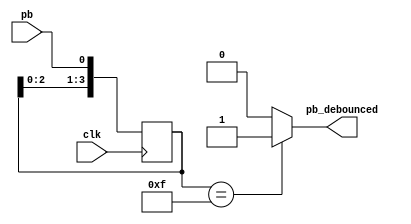
module debounce (pb_debounced, pb, clk);
    output pb_debounced; // output after being debounced
    input pb; // input from a pushbutton
    input clk;
    reg [3:0] shift_reg; // use shift_reg to filter the bounce
    always @(posedge clk)
        begin
        shift_reg[3:1] <= shift_reg[2:0];
        shift_reg[0] <= pb;
    end
    assign pb_debounced = ((shift_reg == 4'b1111) ? 1'b1 : 1'b0);
endmodule